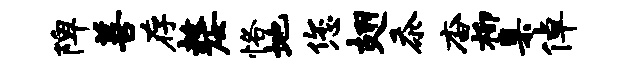
陴善存嫠恪地您翅忝杳柳臬倬